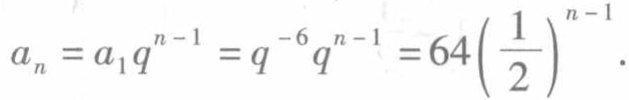
\(a_{n}=a_{1}q^{n - 1}=q^{-6}q^{n - 1}=64\left(\frac{1}{2}\right)^{n - 1}\).